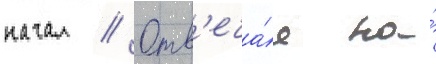
начал // Отв'еча́я на́